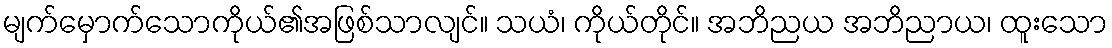
မျက်မှောက်သောကိုယ်၏အဖြစ်သာလျင်။ သယံ၊ ကိုယ်တိုင်။ အဘိညယ အဘိညာယ၊ ထူးသော